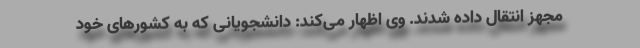
مجهز انتقال داده شدند. وی اظهار می‌کند: دانشجویانی که به کشورهای خود